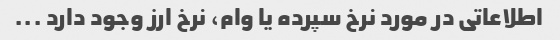
اطلاعاتی در مورد نرخ سپرده یا وام، نرخ ارز وجود دارد ...